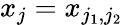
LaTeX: x_{j}=x_{j_{1},j_{2}}